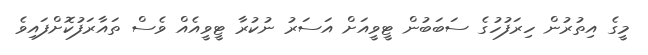
މީގެ އިތުރުން ހިރަފުހުގެ ސަބަބުން ޓީވީއަށް އަސަރު ނުކުރާ ޓީވީއެއް ވެސް ތައާރަފުކޮށްފައިވެ